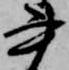
書